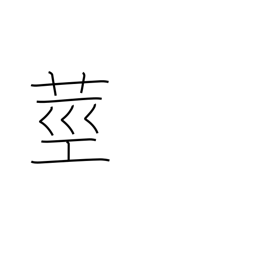
Meaning: stalk